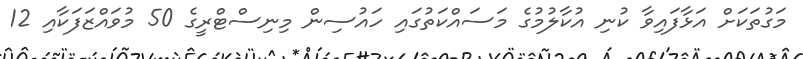
މަގުތަކަށް އަޅާފައިވާ ކުނި އުކާލުމުގެ މަސައްކަތުގައި ހައުސިން މިނިސްޓްރީގެ 50 މުވައްޒަފަކާއި 12